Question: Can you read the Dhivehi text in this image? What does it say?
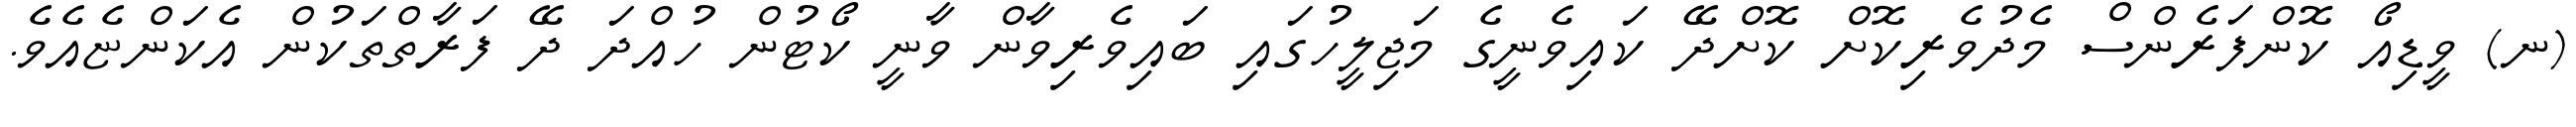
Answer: (ނ) ވީޑިއޯ ކޮންފަރެންސް މެދުވެރިކޮށް ކޮށްދޭ ކައިވެނީގެ މަޖިލީހުގައި ބައިވެރިވާން ވާނީ ކޯޓުން ހުއްދަ ދޭ ފަރާތްތަކުން އެކަންޏެއެވެ.